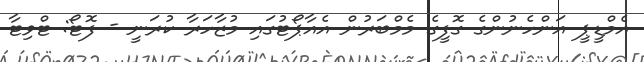
އެމްޑީޕީ އަންހެނުންގެ ގޮފީގެ މެމްބަރުން އެއާޕޯޓުގައި މުޒާހަރާ ކުރަނީ - ފޮޓޯ: ޓްވިޓާ